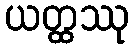
ယတ္ထဿု